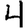
Digit: 4